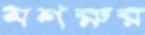
মশরুর